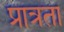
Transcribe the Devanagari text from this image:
प्रात्रता